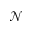
\mathcal { N }